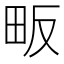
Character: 畈